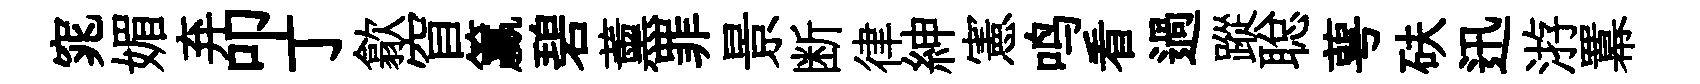
窕媚弃叩丁歙窅籯碧薰罪景断律紳憲鸣看過蹤聪萼砆迅㳺羃